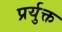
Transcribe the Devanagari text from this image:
प्रर्युक्त